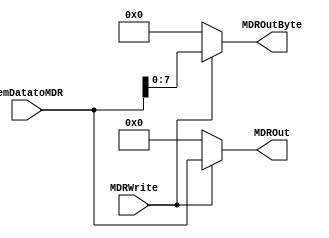
module MDR(
    input wire [31:0] MemDatatoMDR,
    input wire MDRWrite,
    output reg [31:0] MDROut,
    output reg [7:0] MDROutByte
);
    always @(*) begin
        case (MDRWrite)
            1'b1: begin
                MDROut = MemDatatoMDR;
                MDROutByte = MemDatatoMDR[7:0];
            end
            default: begin
               
                MDROut = 32'b0;        // Defina MDROut como zero
                MDROutByte = 8'b0;     // Defina MDROutByte como zero

            end
        endcase
    end
endmodule